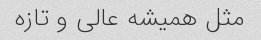
مثل همیشه عالی و تازه